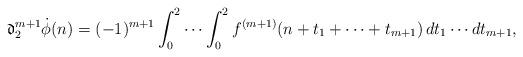
LaTeX: \begin{align*}\mathfrak{d}_2^{m+1}\dot{\phi}(n) = (-1)^{m+1}\int_0^2\cdots\int_0^2 f^{(m+1)}(n+t_1+\cdots +t_{m+1})\,dt_1\cdots dt_{m+1},\end{align*}